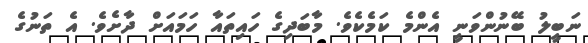
ނަބީލު ބޭނުންވަނީ އެންމެ ކަމެކެވެ. މާބަދިގެ ހައިތައާ ހަމައަށް ދާށެވެ. އެ ތަނުގެ